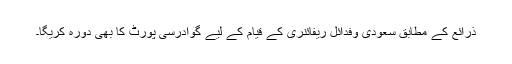
ذرائع کے مطابق سعودی وفدآئل ریفائنری کے قیام کے لیے گوادرسی پورٹ کا بھی دورہ کریگا۔